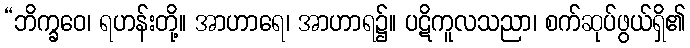
“ဘိက္ခဝေ၊ ရဟန်းတို့။ အာဟာရေ၊ အာဟာရ၌။ ပဋိကူလသညာ၊ စက်ဆုပ်ဖွယ်ရှိ၏